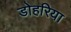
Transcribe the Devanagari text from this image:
डोहरिया